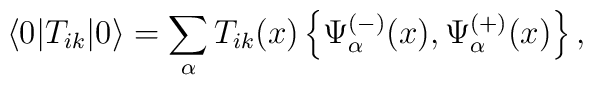
\langle 0\vert T_{ik}\vert 0\rangle =\sum_{\alpha }T_{ik}(x)\left\{ \Psi _{\alpha }^{(-)}(x), \Psi _{\alpha }^{(+)}(x)\right\},